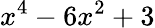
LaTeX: x^{4}-6x^{2}+3